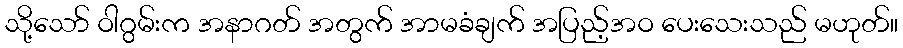
သို့သော် ဝါဂွမ်းက အနာဂတ် အတွက် အာမခံချက် အပြည့်အဝ ပေးသေးသည် မဟုတ်။